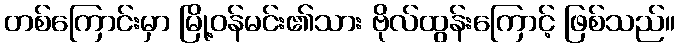
တစ်ကြောင်းမှာ မြို့ဝန်မင်း၏သား ဗိုလ်ထွန်းကြောင့် ဖြစ်သည်။